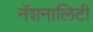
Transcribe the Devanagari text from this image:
नॅशनालिटी